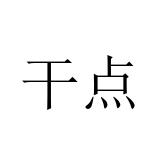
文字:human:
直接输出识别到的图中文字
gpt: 干点